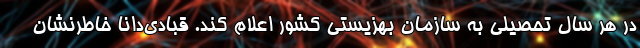
در هر سال تحصیلی به سازمان بهزیستی کشور اعلام کند. قبادی‌دانا خاطرنشان